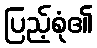
ပြည့်စုံ၏